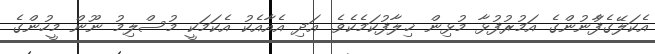
އެކަލޭގެފާުނުންގެ އަމުރުފުޅާ މުޅިން ޚިލާފުކަމެކެވެ. އަދި އެއާއެކު އެކަމަކީ މުސްލިމު ނޫން މީހުންގެ